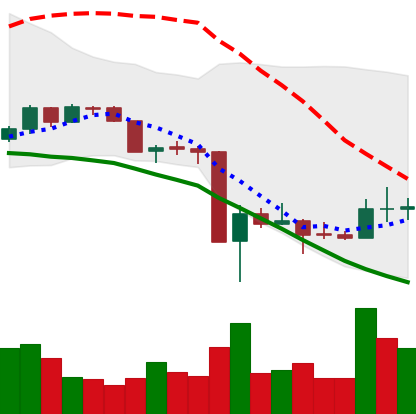
Ticker: DOGE-USD
Chart end date: 2020-03-21
Forward return: 3.193%
Label: up_3_5